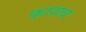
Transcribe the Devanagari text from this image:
काशब